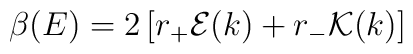
\beta(E)=2\left[r_+ {\cal E}(k)+r_-{\cal K}(k) \right]